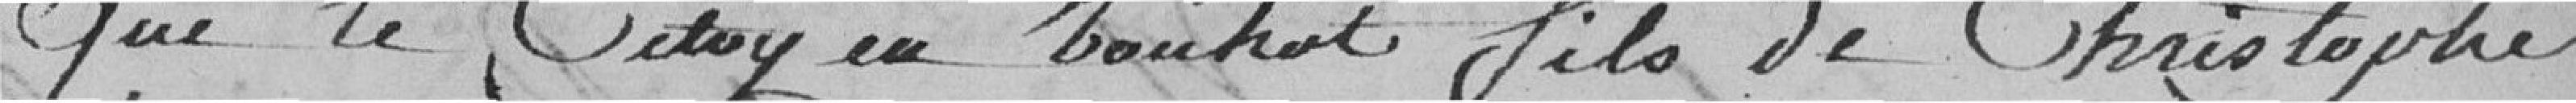
que le Citoyen Louihot fils de Christophe